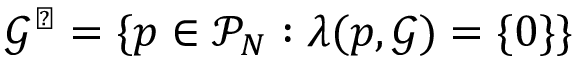
\mathcal G ^ { \perp } = \{ p \in \mathcal P _ { N } : \lambda ( p , \mathcal G ) = \{ 0 \} \}